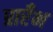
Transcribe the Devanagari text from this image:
प्रारँभ